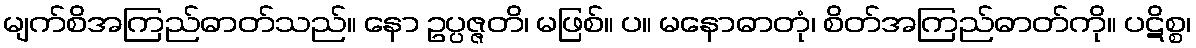
မျက်စိအကြည်ဓာတ်သည်။ နော ဥပ္ပဇ္ဇတိ၊ မဖြစ်။ ပ။ မနောဓာတုံ၊ စိတ်အကြည်ဓာတ်ကို။ ပဋိစ္စ၊